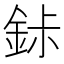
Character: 𬫐